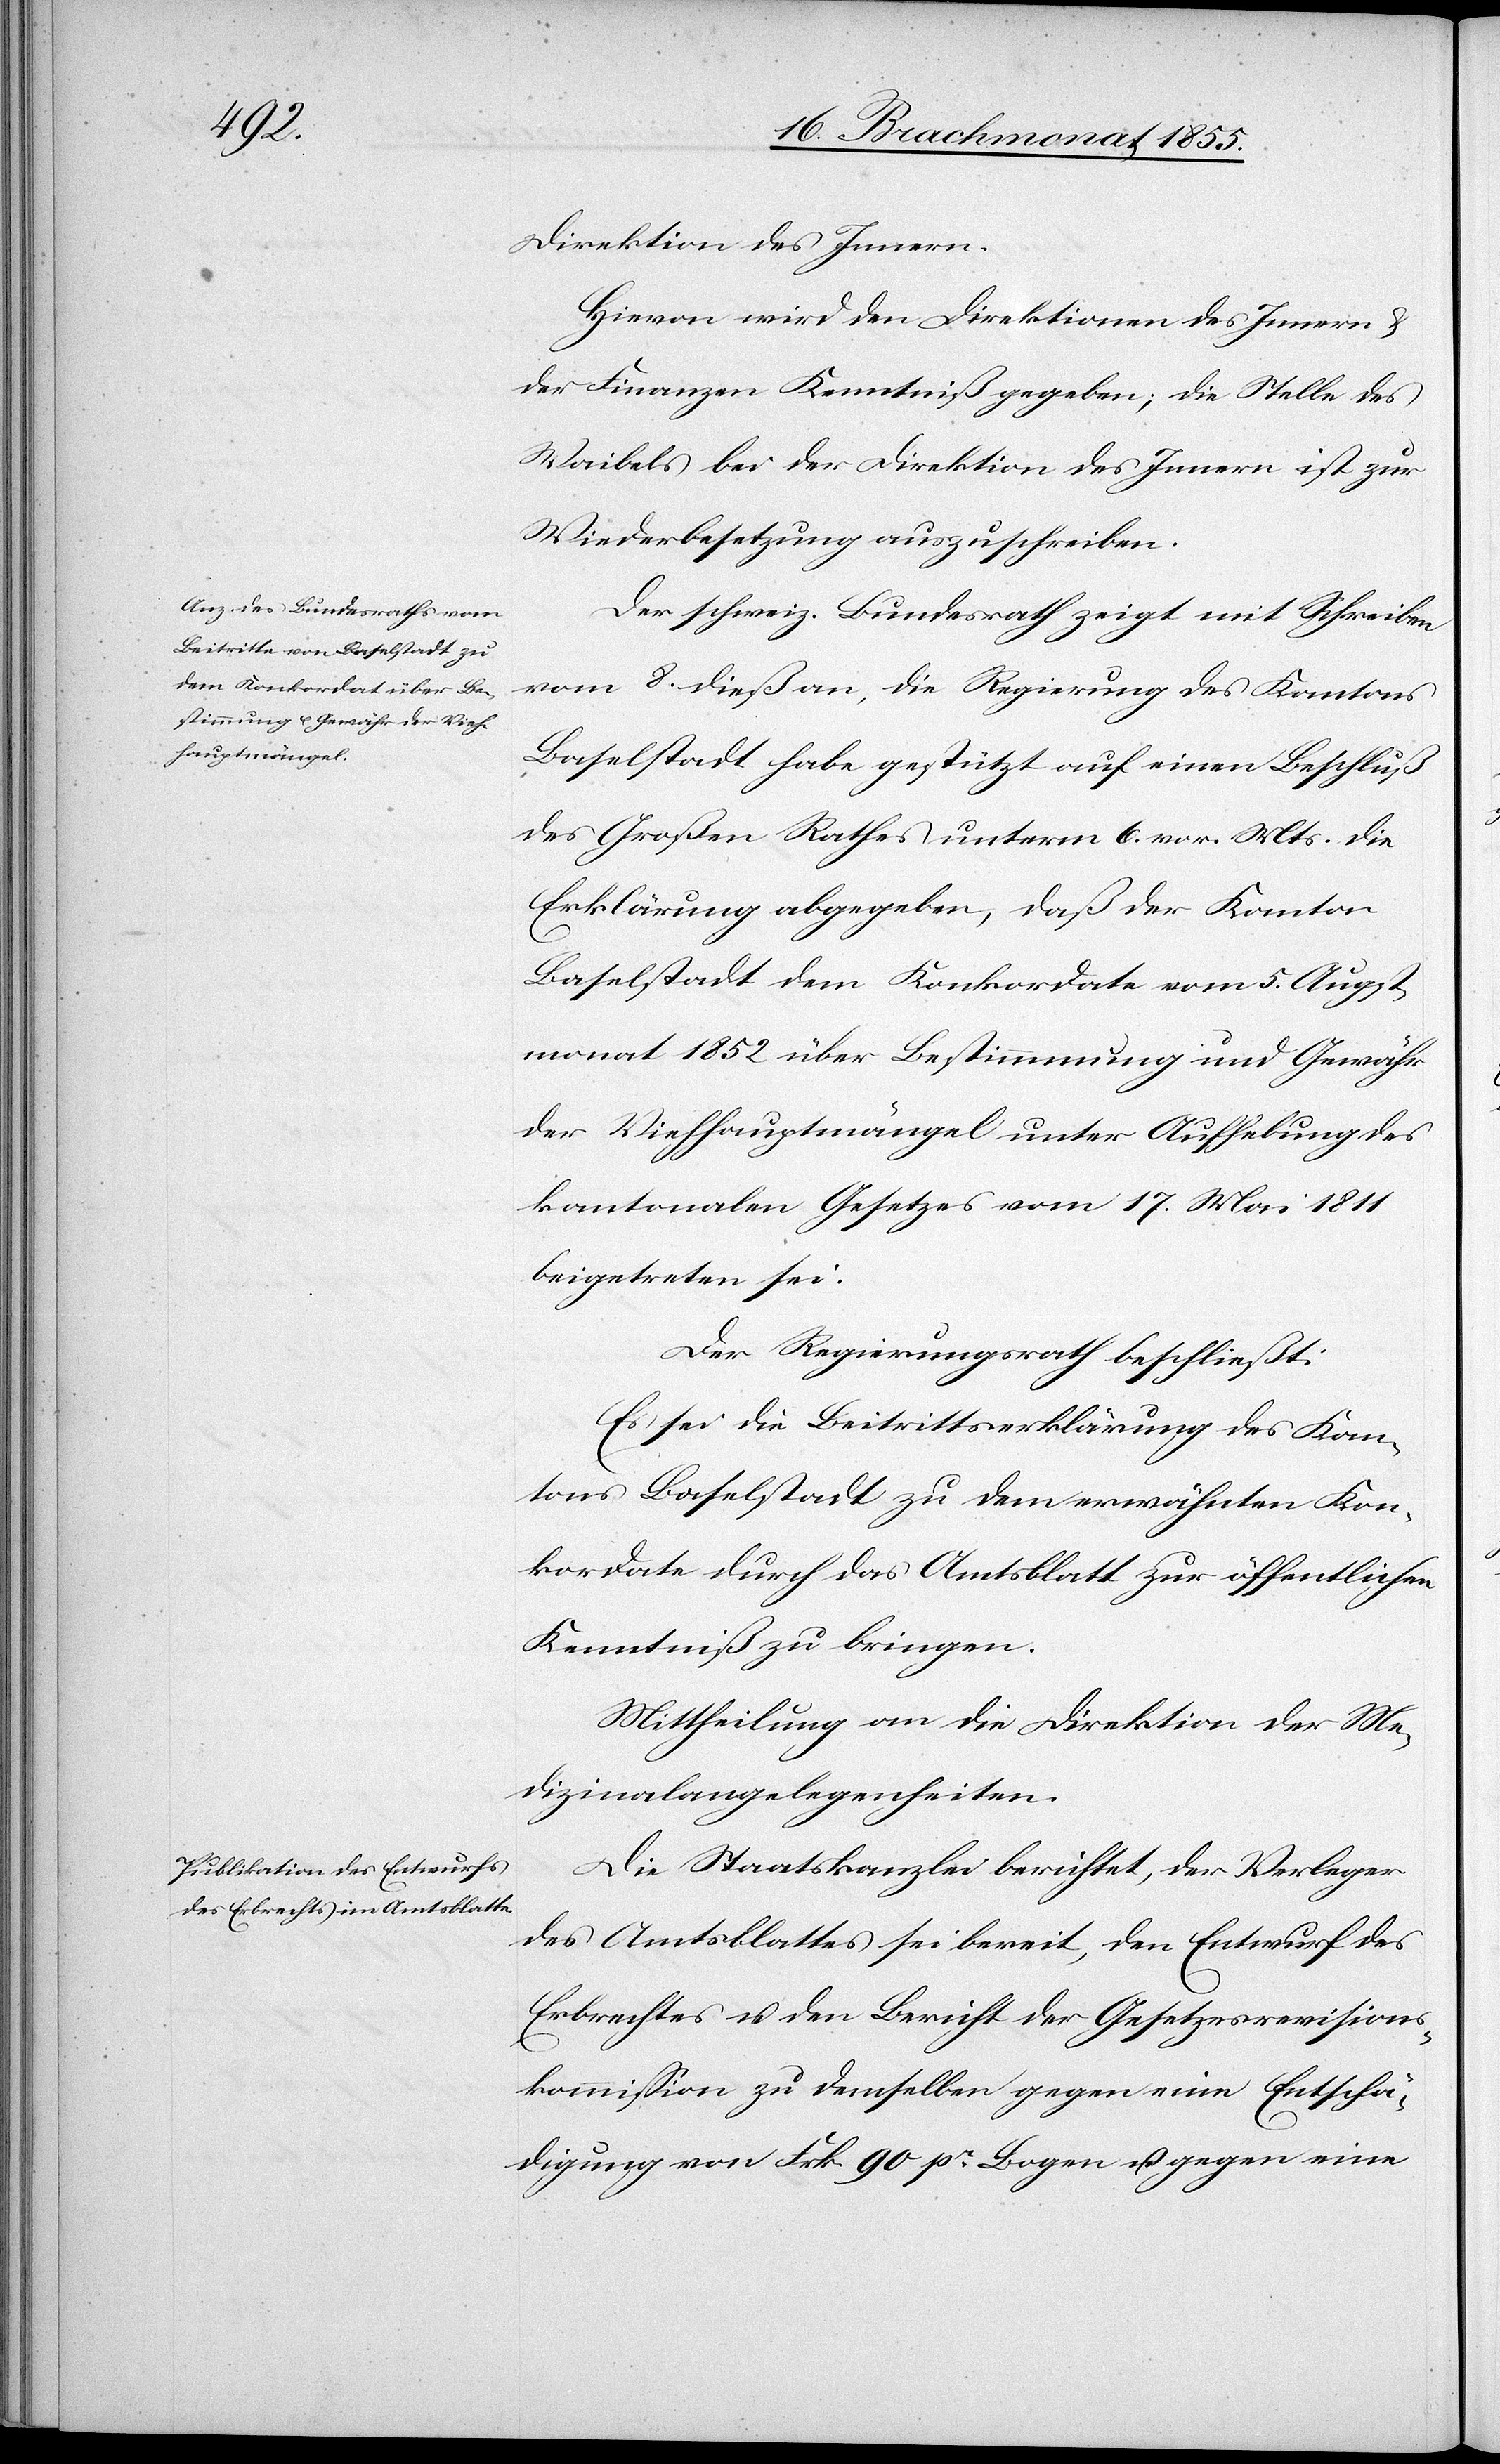
Direktion des Innern.
Hievon wird den Direktionen des Innern &
der Finanzen Kenntniß gegeben; die Stelle des
Waibels bei der Direktion des Innern ist zur
Wiederbesetzung auszuschreiben.
Der schweiz. Bundesrath zeigt mit Schreiben
vom 8. dieß an, die Regierung des Kantons
Baselstadt habe gestützt auf einen Beschluß
des Großen Rathes unterm 6. vor. Mts. die
Erklärung abgegeben, daß der Kanton
Baselstadt dem Konkordate vom 5. Augst¬
monat 1852 über Bestimmung und Gewähr
der Viehhauptmängel unter Aufhebung des
kantonalen Gesetzes vom 17. Mai 1811
beigetreten sei.
Der Regierungsrath beschließt:
Es sei die Beitrittserklärung des Kan¬
tons Baselstadt zu dem erwähnten Kon¬
kordate durch das Amtsblatt zur öffentlichen
Kenntniß zu bringen.
Mittheilung an die Direktion der Me¬
dizinalangelegenheiten.
Die Staatskanzlei berichtet, der Verleger
des Amtsblattes sei bereit, den Entwurf des
Erbrechtes u. den Bericht der Gesetzesrevisions¬
kommission zu demselben gegen eine Entschä¬
digung von Frk. 90 pr. Bogen u. gegen eine